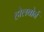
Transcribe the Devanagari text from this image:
होलबोर्न